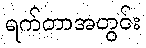
ရက်တာအတွင်း